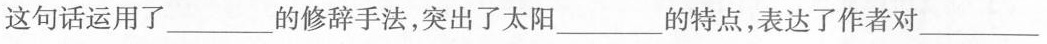
这句话运用了______的修辞手法，突出了太阳____的特点，表达了作者对____